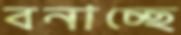
বনাচ্ছে